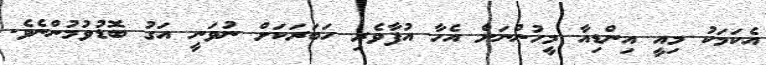
އެކަމަކު މިއީ އިންޑިއާ މީހުންނަށް އެހާ އުފާވެރި ހަބަރަކަށް ނުވަނީ އަގު ބޮޑުވުމުންނެވެ.